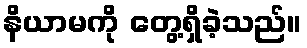
နိယာမကို တွေ့ရှိခဲ့သည်။